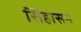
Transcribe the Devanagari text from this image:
सिेंहासन